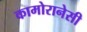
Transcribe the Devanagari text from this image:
कामोरानेसी